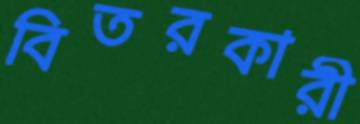
বিতরকারী